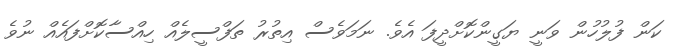
ކަން ފުލުހުން ވަނީ ޔަގީންކޮށްދީފަ އެވެ. ނަމަވެސް އިތުރު ތަފްސީލެއް ހިއްސާކޮށްފައެއް ނުވެ